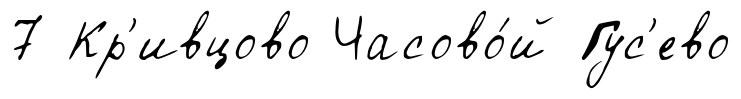
7 Кр'ивцово Часово́й Гус'ево